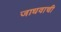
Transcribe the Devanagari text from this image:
जाधवाची